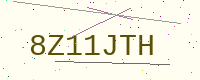
Text: 8Z11JTH